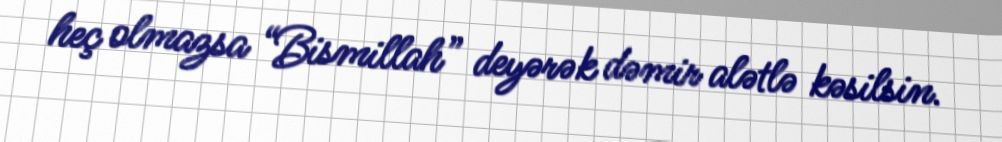
heç olmazsa “Bismillah” deyərək dəmir alətlə kəsilsin.